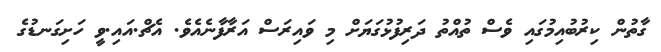
ގާތުން ކިރުބުއިމުގައި ވެސް ތުއްތު ދަރިފުޅުގަޔަށް މި ވައިރަސް އަރާފާނެއެވެ. އެޗް.އައި.ވީ ހަށިގަނޑުގެ